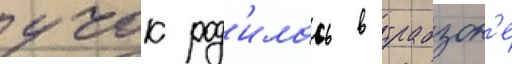
учок род'илась в трабзон'е